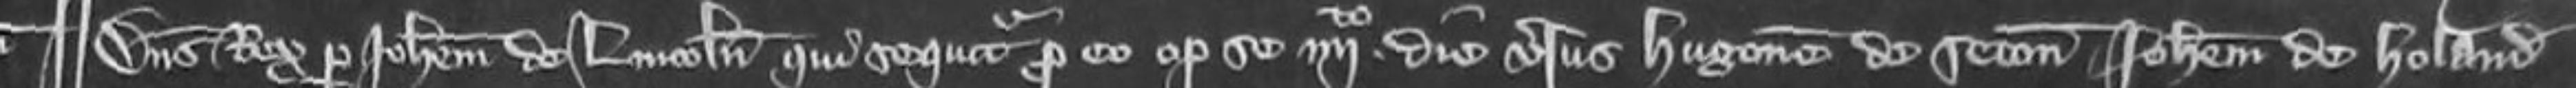
¶ Dominus Rex per Johannem de Lincoln qui sequitur pro eo optulit se quarto die versus Hugonem de Seton Johannem de Holand